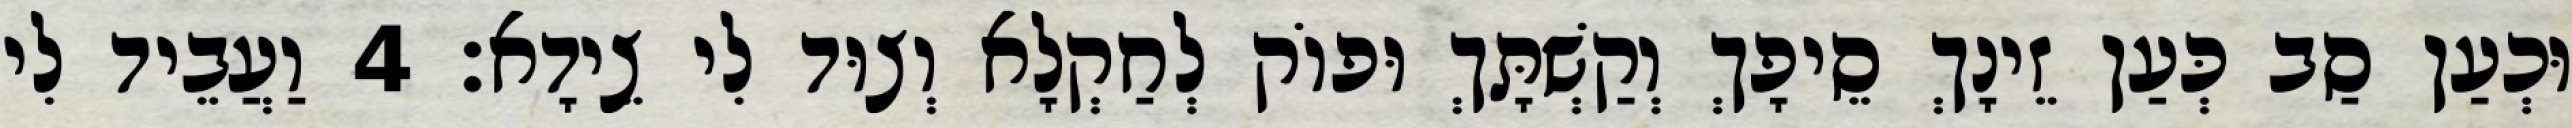
וּכְעַן סַב כְּעַן זֵינָךְ סֵיפָךְ וְקַשְׁתָּךְ וּפוֹק לְחַקְלָא וְצוּד לִי צֵידָא׃ 4 וַעֲבֵיד לִי